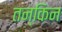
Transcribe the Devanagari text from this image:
तन्किन